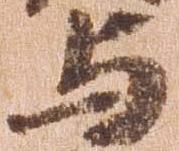
与